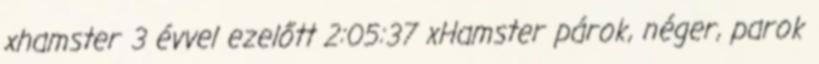
xhamster 3 évvel ezelőtt 2:05:37 xHamster párok, néger, parok